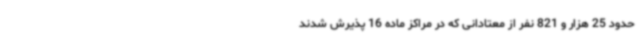
حدود 25 هزار و 821 نفر از معتادانی که در مراکز ماده 16 پذیرش شدند